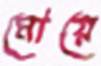
মোয়ে